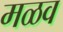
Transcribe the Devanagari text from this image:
मळव